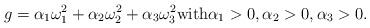
LaTeX: \begin{align*}g=\alpha_{1} \omega^{2}_{1} + \alpha_{2} \omega^{2}_{2} + \alpha_{3} \omega^{2}_{3} {\rm with} \alpha_{1} > 0,\alpha_{2}> 0,\alpha_{3}> 0.\end{align*}